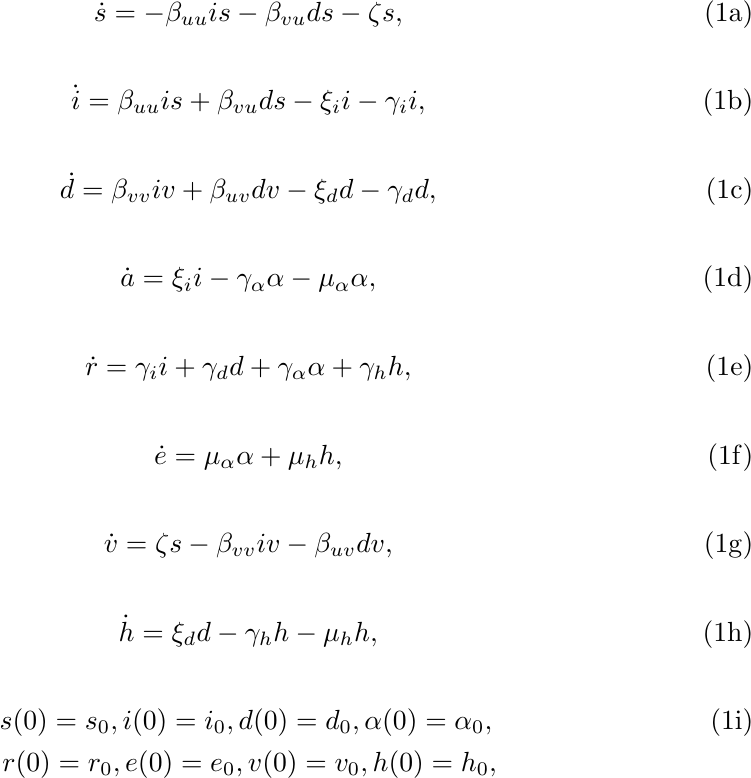
\begin{subequations}
    \begin{eqnarray}
        \dot{s}=-\beta_{uu} is-\beta_{vu} ds-\zeta s,
    \end{eqnarray}
    \begin{eqnarray}
        \dot{i}=\beta_{uu} is + \beta_{vu} ds -\xi_{i}i-\gamma_{i}i,
    \end{eqnarray}
    \begin{eqnarray}
        \dot{d}=\beta_{vv}iv + \beta_{uv}dv-\xi_{d}d - \gamma_{d}d,
    \end{eqnarray}
    \begin{eqnarray}
        \dot{a}=\xi_{i}i-\gamma_{\alpha}\alpha-\mu_{\alpha}\alpha,
    \end{eqnarray}
    \begin{eqnarray}
        \dot{r}=\gamma_{i}i+\gamma_{d}d+\gamma_{\alpha}\alpha+\gamma_{h}h,
    \end{eqnarray}
    \begin{eqnarray}
        \dot{e}=\mu_{\alpha}\alpha+\mu_{h}h,
    \end{eqnarray}
    \begin{eqnarray}
        \dot{v}=\zeta s -\beta_{vv}iv-\beta_{uv}dv,
    \end{eqnarray}
    \begin{eqnarray}
        \dot{h}=\xi_{d}d-\gamma_{h}h-\mu_{h}h,
    \end{eqnarray}
    \begin{eqnarray}
s(0)=s_{0},i(0)=i_{0},d(0)=d_{0},\alpha(0)=\alpha_{0},\\r(0)=r_{0},e(0)=e_{0},v(0)=v_{0},h(0)=h_{0},\nonumber
    \end{eqnarray}
    \label{eq:dynamics}
\end{subequations}